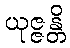
ယုဇ္ဇန္တိ